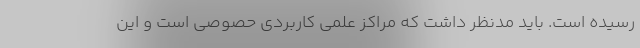
رسیده است. باید مدنظر داشت که مراکز علمی کاربردی حصوصی است و این